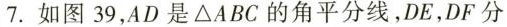
7.如图39，AD是△ABC的角平分线，DE，DF分